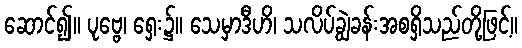
ဆောင်၍။ ပုဗ္ဗေ၊ ရှေး၌။ သေမှာဒီဟိ၊ သလိပ်ချွဲခန်းအစရှိသည်တို့ဖြင့်။